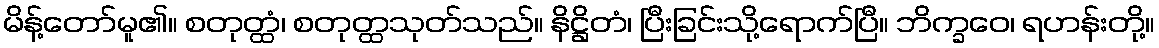
မိန့်တော်မူ၏။ စတုတ္ထံ၊ စတုတ္ထသုတ်သည်။ နိဋ္ဌိတံ၊ ပြီးခြင်းသို့ရောက်ပြီ။ ဘိက္ခဝေ၊ ရဟန်းတို့။